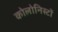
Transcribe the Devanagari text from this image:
कोलोनिस्टों